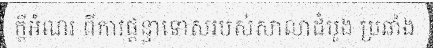
ក្តីអំណរ ពីការផ្តន្ទាទោសរបស់សាលាដំបូង ប្រឆាំង